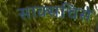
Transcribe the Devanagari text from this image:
साक्सचिसे